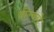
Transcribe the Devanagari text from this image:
वोल्वसे